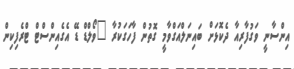
އިންސާނީ ވަގުފާރިއާ ދެކޮޅަށް ބައިނަލްއަގްވާމީ ގޮތުން ފާހަގަކުރާ "ވޯލްޑް ޑޭ އެގެއިންސްޓް ޓްރެފިކިން